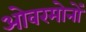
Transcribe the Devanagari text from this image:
ओवरमोनों